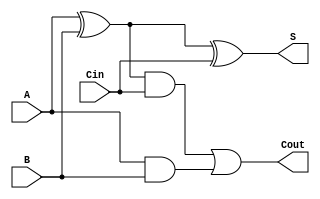
module ALUAdd(A,B,Cin,S,Cout);

	input A,B,Cin;
	output S,Cout;

	wire X,Y,Z;

	xor (X,A,B);
	xor (S,X,Cin);
	
	and (Y,X,Cin);
	and (Z,A,B);
	
	or (Cout,Y,Z);
	
endmodule